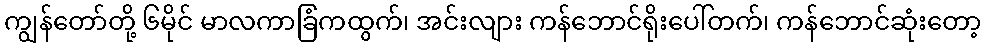
ကျွန်တော်တို့ ၆မိုင် မာလကာခြံကထွက်၊ အင်းလျား ကန်ဘောင်ရိုးပေါ်တက်၊ ကန်ဘောင်ဆုံးတော့